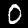
Digit: 0